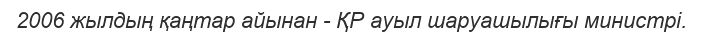
2006 жылдың қаңтар айынан - ҚР ауыл шаруашылығы министрі.